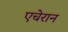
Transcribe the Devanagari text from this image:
एचेरान